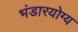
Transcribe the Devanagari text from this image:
भंडारयोग्य